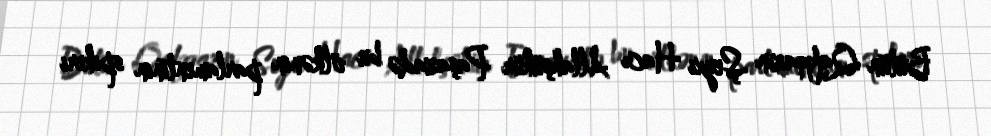
Bütün Qafqazın Şeyxi Hacı Allahşükür Paşazadə bu ölkənin parlamentinin spikeri